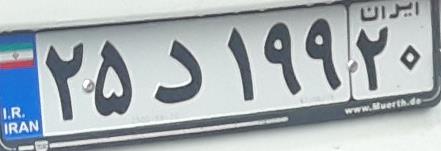
۲۵د۱۹۹۲۰